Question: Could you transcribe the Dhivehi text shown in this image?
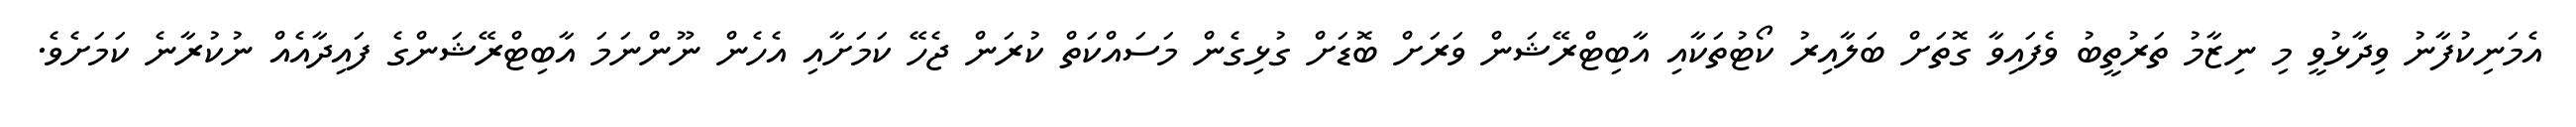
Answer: އެމަނިކުފާނު ވިދާޅުވީ މި ނިޒާމު ތަރުތީބު ވެފައިވާ ގޮތަށް ބަލާއިރު ކޯޓުތަކާއި އާބިޓްރޭޝަން ވަރަށް ބޮޑަށް ގުޅިގެން މަސައްކަތް ކުރަން ޖެހޭ ކަމަށާއި އެހެން ނޫންނަމަ އާބިޓްރޭޝަންގެ ފައިދާއެއް ނުކުރާނެ ކަމަށެވެ.